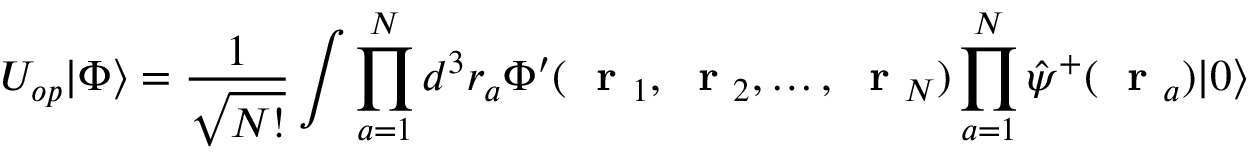
U _ { o p } | \Phi \rangle = \frac { 1 } { \sqrt { N ! } } \int \prod _ { a = 1 } ^ { N } d ^ { 3 } r _ { a } \Phi ^ { \prime } ( \mathrm { ~ \bf ~ r ~ } _ { 1 } , \mathrm { ~ \bf ~ r ~ } _ { 2 } , \dots , \mathrm { ~ \bf ~ r ~ } _ { N } ) \prod _ { a = 1 } ^ { N } \hat { \psi } ^ { + } ( \mathrm { ~ \bf ~ r ~ } _ { a } ) | 0 \rangle